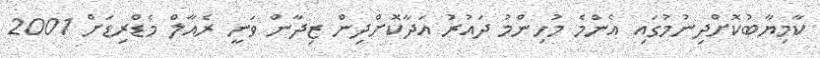
ކާމިޔާބުކޮށްދިނުމުގައި އެންމެ މުހިންމު ދައުރު އަދާކޮށްދިން ޒިދާން ވަނީ ރެއާލް މެޑްރިޑަށް 2001